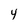
Character: 4